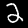
Digit: 2